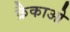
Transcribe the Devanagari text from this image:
क्रैकाओ